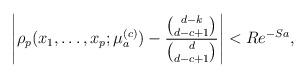
LaTeX: \begin{align*} \left\vert \rho_{p}(x_{1},\ldots,x_{p};\mu_{a}^{(c)}) - \frac{\binom{d-k}{d-c+1}}{\binom{d}{d-c+1}} \right\vert < Re^{-Sa},\end{align*}